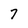
Character: 7